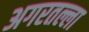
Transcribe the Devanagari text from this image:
अगरतल्ला